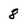
Character: 8